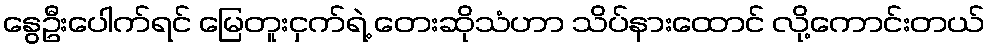
နွေဦးပေါက်ရင် မြေတူးငှက်ရဲ့ တေးဆိုသံဟာ သိပ်နားထောင် လို့ကောင်းတယ်